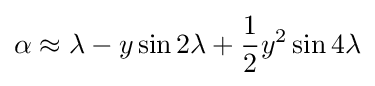
\alpha \approx \lambda -y\sin {2\lambda }+{\frac {1}{2}}y^{2}\sin {4\lambda }